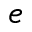
e